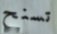
تسنح